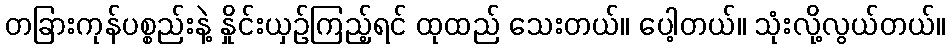
တခြားကုန်ပစ္စည်းနဲ့ နှိုင်းယှဉ်ကြည့်ရင် ထုထည် သေးတယ်။ ပေါ့တယ်။ သုံးလို့လွယ်တယ်။